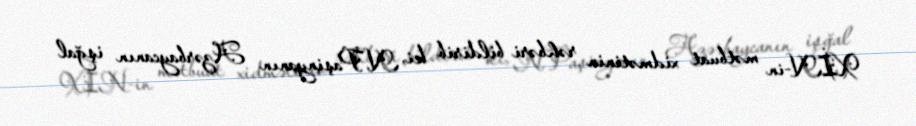
XİN-in mətbuat xidmətinin rəhbəri bildirib ki, N.Paşinyanın Azərbaycanın işğal